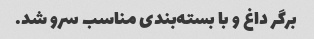
برگر داغ و با بسته‌بندی مناسب سرو شد.